Insane asylums in Bengal annual reports 1876-1887 - 1876-1887
Year: 1876
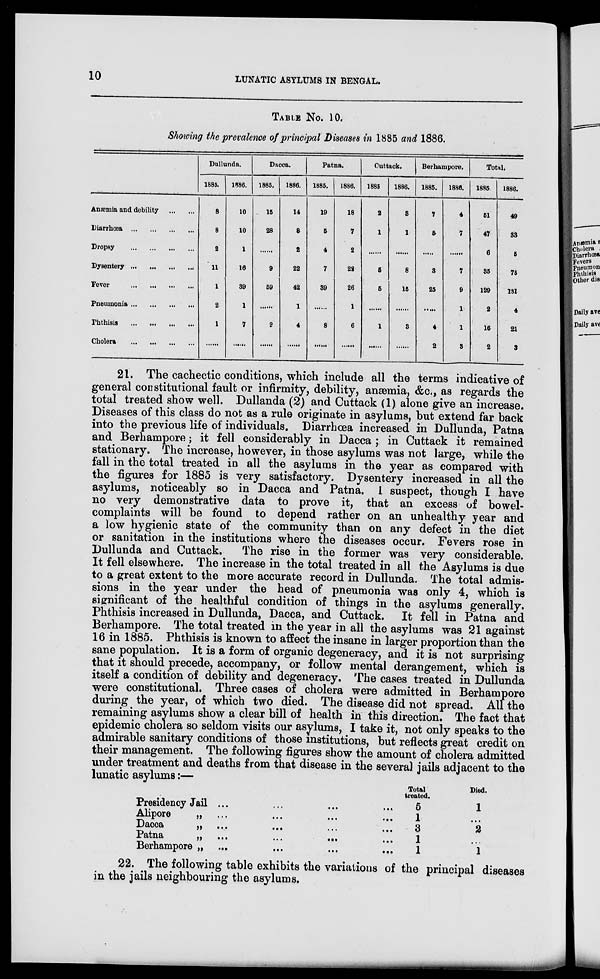
10
LUNATIC ASYLUMS IN BENGAL.
TABLE No. 10.
Showing the prevalence of principal Diseases in 1885 and 1886.
Anæmia and debility
...
...
Diarrhœa
...
...
...
...
Dropsy
...
...
...
...
Dysentery
...
...
...
...
Fever
...
...
...
...
Pneumonia
...
...
...
...
Phthisis
...
...
...
...
Cholera
...
...
...
...
Dullunda.
1885.
8
8
2
11
1
2
1
1886.
10
10
1
16
39
1
7
Dacca.
1885.
1886.
15
28
9
59
2
14
8
2
22
42
1
4
Patna.
1885.
19
5
4
7
39
8
1886.
18
7
2
22
26
1
6
Cuttack.
1885
2
1
5
5
1
1886.
3
1
8
15
3
Berhampore.
1885.
7
5
3
25
4
2
1886.
4
7
7
9
1
1
3
Total.
1885
51
47
6
85
129
2
16
2
1886.
49
33
5
75
131
4
21
3
21. The cachectic conditions, which include all the terms indicative of
general constitutional fault or infirmity, debility, anæmia, &c., as regards the
total treated show well. Dullanda (2) and Cuttack (1) alone give an increase.
Diseases of this class do not as a rule originate in asylums, but extend far back
into the previous life of individuals. Diarrhœa increased in Dullunda, Patna
and Berhampore; it fell considerably in Dacca ; in Cuttack it remained
stationary. The increase, however, in those asylums was not large, while the
fall in the total treated in all the asylums in the year as compared with
the figures for 1885 is very satisfactory. Dysentery increased in all the
asylums, noticeably so in Dacca and Patna. 1 suspect, though I have
no very demonstrative data to prove it, that an excess of bowel-
complaints will be found to depend rather on an unhealthy year and
a low hygienic state of the community than on any defect in the diet
or sanitation in the institutions where the diseases occur. Fevers rose in
Dullunda and Cuttack.
The rise in the former was very considerable.
It fell elsewhere. The increase in the total treated in all the Asylums is due
to a great extent to the more accurate record in Dullunda. The total admis-
sions in the year under the head of pneumonia was only 4, which is
significant of the healthful condition of things in the asylums generally.
Phthisis increased in Dullunda, Dacca, and Cuttack. It fell in Patna and
Berhampore. The total treated in the year in all the asylums was 21 against
16 in 1885. Phthisis is known to affect the insane in larger proportion than the
sane population. It is a form of organic degeneracy, and it is not surprising
that it should precede, accompany, or follow mental derangement, which is
itself a condition of debility and degeneracy. The cases treated in Dullunda
were constitutional. Three cases of cholera were admitted in Berhampore
during the year, of which two died. The disease did not spread. All the
remaining asylums show a clear bill of health in this direction. The fact that
epidemic cholera so seldom visits our asylums, I take it, not only speaks to the
admirable sanitary conditions of those institutions, but reflects great credit on
their management. The following figures show the amount of cholera admitted
under treatment and deaths from that disease in the several jails adjacent to the
lunatic asylums:—
Presidency Jail ... ... ... ...
Alipore
„ ... ... ... ...
Dacca
„ ... ... ... ...
Patna
„ ...
...
... ...
Berhampore „ ... ... ... ...
Total
treated.
5
1
3
1
1
Died.
1
...
2
...
1
22. The following table exhibits the variations of the principal diseases
in the jails neighbouring the asylums.